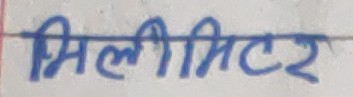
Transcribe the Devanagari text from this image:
मिलिमिटर